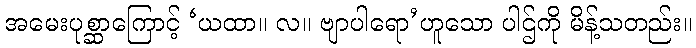
အမေးပုစ္ဆာကြောင့် ‘ယထာ။ လ။ ဗျာပါရော’ဟူသော ပါဌ်ကို မိန့်သတည်း။